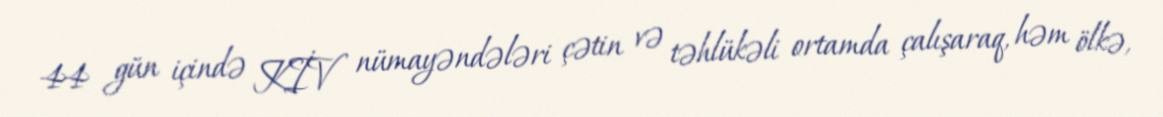
44 gün içində KİV nümayəndələri çətin və təhlükəli ortamda çalışaraq, həm ölkə,